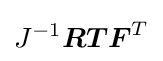
J^{-1}{\boldsymbol {R}}{\boldsymbol {T}}{\boldsymbol {F}}^{T}